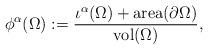
LaTeX: \begin{align*}\phi^\alpha(\Omega):=\frac{\iota^\alpha(\Omega)+\mathrm{area}(\partial \Omega)}{\mathrm{vol}(\Omega)},\end{align*}